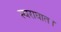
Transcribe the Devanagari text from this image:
स्वराघात।